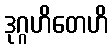
ဒုဂ္ဂဟိတေဟိ